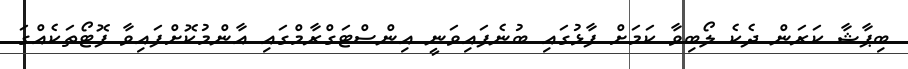
ބިޕާޝާ ކަރަން ދެކެ ލޯބިވާ ކަމަށް ފާޅުގައި ބުނެފައިވަނީ އިންސްޓަގްރާމްގައި އާންމުކޮށްފައިވާ ފޮޓޯތަކެއްގަ